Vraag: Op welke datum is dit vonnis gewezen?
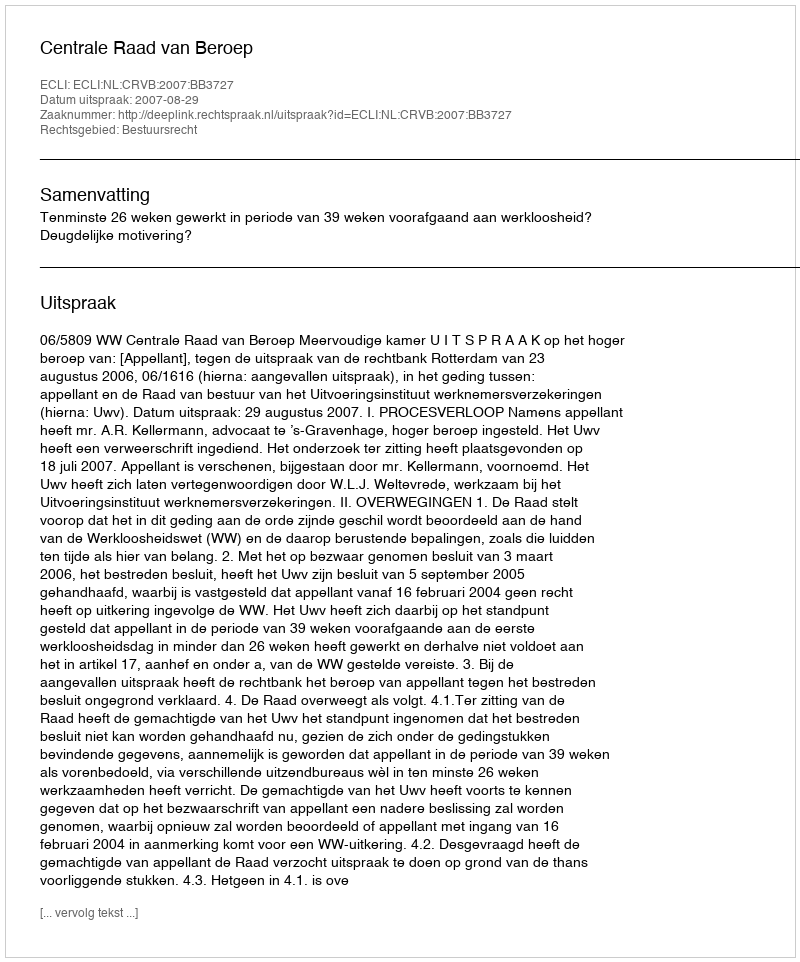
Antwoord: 2007-08-29